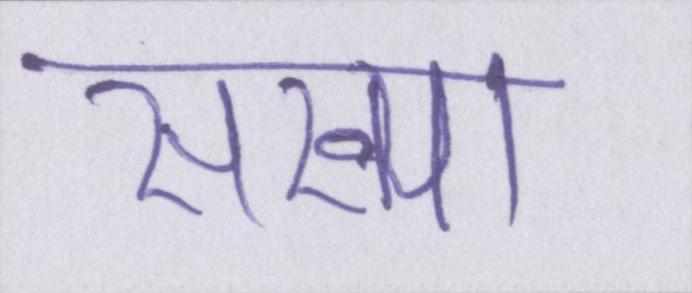
संख्या